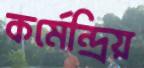
কর্মেন্দ্রিয়